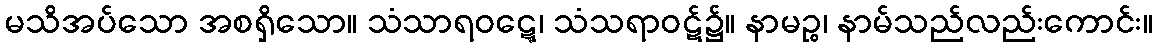
မသိအပ်သော အစရှိသော။ သံသာရဝဋ္ဋေ၊ သံသရာဝဋ်၌။ နာမဉ္စ၊ နာမ်သည်လည်းကောင်း။